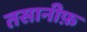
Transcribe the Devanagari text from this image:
तसानीफ़